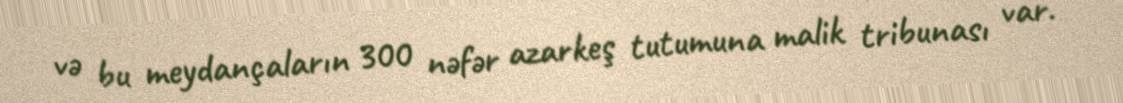
və bu meydançaların 300 nəfər azarkeş tutumuna malik tribunası var.